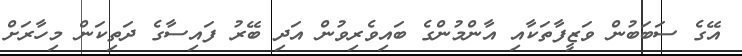
އޭގެ ސަބަބުން ވަޒީފާތަކާއި އާންމުންގެ ބައިވެރިވުން އަދި ބޭރު ފައިސާގެ ދަތިކަން މިހާރަށް